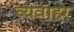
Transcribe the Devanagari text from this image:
व्यवाहर